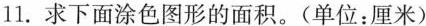
11.求下面涂色图形的面积。(单位：厘米)